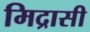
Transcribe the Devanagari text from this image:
मिद्रासी